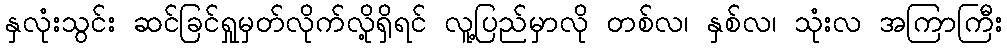
နှလုံးသွင်း ဆင်ခြင်ရှုမှတ်လိုက်လို့ရှိရင် လူ့ပြည်မှာလို တစ်လ၊ နှစ်လ၊ သုံးလ အကြာကြီး